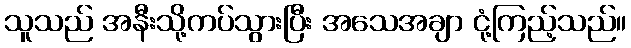
သူသည် အနီးသို့ကပ်သွားပြီး အသေအချာ ငုံ့ကြည့်သည်။